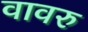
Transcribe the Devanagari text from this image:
वावरु